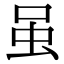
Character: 虽